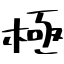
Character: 極